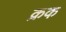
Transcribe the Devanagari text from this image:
क्रक